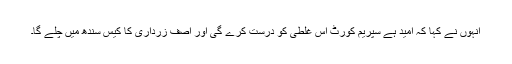
انہوں نے کہا کہ امید ہے سپریم کورٹ اس غلطی کو درست کرے گی اور آصف زرداری کا کیس سندھ میں چلے گا۔